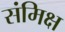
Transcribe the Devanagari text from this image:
संमिक्ष